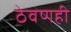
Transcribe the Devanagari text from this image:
ठेवणही